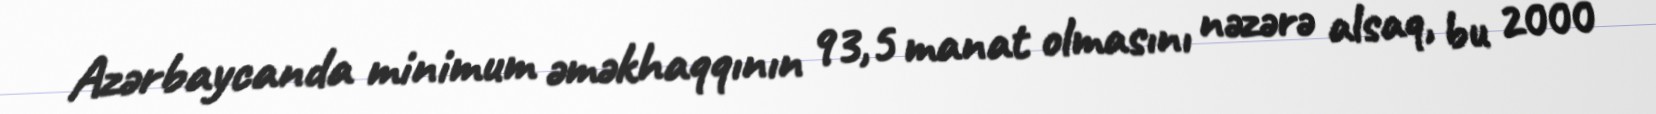
Azərbaycanda minimum əməkhaqqının 93,5 manat olmasını nəzərə alsaq, bu 2000